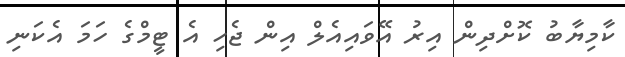
ކާމިޔާބު ކޮށްދިން އިރު އޭވައިއެލް އިން ޖެހި އެ ޓީމްގެ ހަމަ އެކަނި